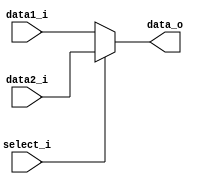
module MUX32
(
    data1_i,
    data2_i,
    select_i,
    data_o
);

input   [31:0]      data1_i, data2_i;
input               select_i;
output  [31:0]      data_o;

assign data_o = (select_i == 1)? data2_i:data1_i;

endmodule